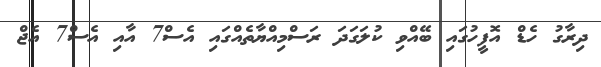
ދިރާގު ހެޑް އޮފީހުގައި ބޭއްވި ކުލަގަދަ ރަސްމިއްޔާތެއްގައި އެސް7 އާއި އެސް7 އެޖް